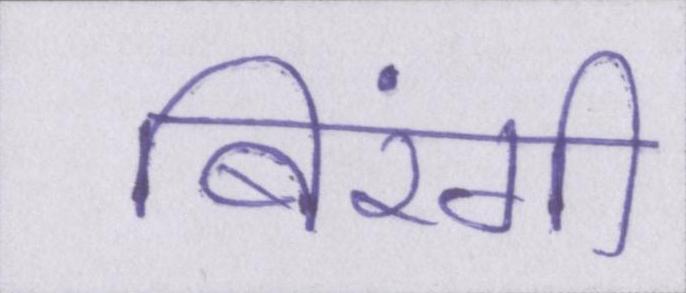
बिरंगी